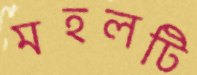
মহলটি